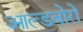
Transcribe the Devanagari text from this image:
आल्डबोरो